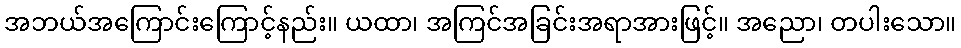
အဘယ်အကြောင်းကြောင့်နည်း။ ယထာ၊ အကြင်အခြင်းအရာအားဖြင့်။ အညော၊ တပါးသော။